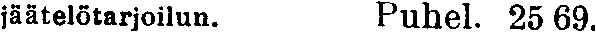
jäätelötarjoilun. Puhel. 25 69.